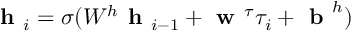
\textbf { h } _ { i } = \sigma ( W ^ { h } \textbf { h } _ { i - 1 } + \textbf { w } ^ { \tau } \tau _ { i } + \textbf { b } ^ { h } )